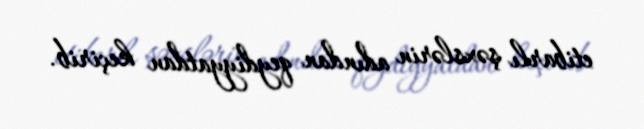
etibarlı şəxslərin adından qeydiyyatdan keçirib.